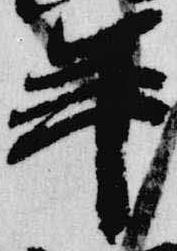
年